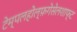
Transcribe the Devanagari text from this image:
टेम्पलहोल्फ़गेसेलशाफ्ट